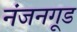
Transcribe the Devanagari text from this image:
नंजनगूड